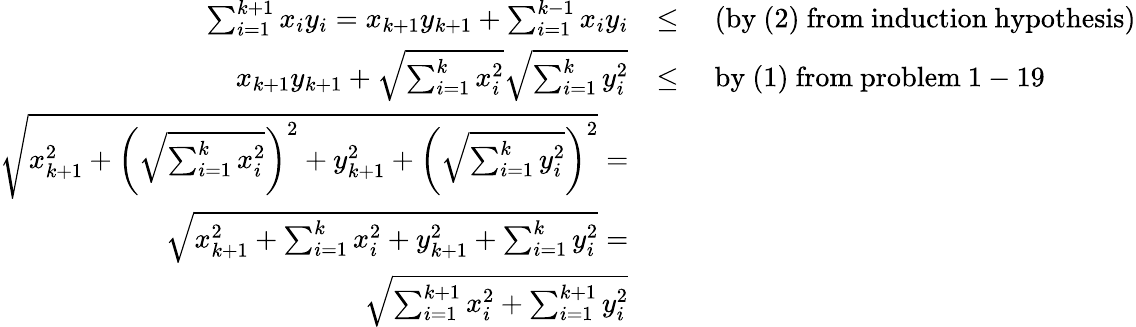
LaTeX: \begin{array}{rl}{\sum_{i=1}^{k+1}{x_{i}y_{i}}=x_{k+1}y_{k+1}+\sum_{i=1}^{k-1}{x_{i}y_{i}}}&{\le\quad\mathrm{(by~(2)~from~induction~hypothesis)}}\\ {x_{k+1}y_{k+1}+\sqrt{\sum_{i=1}^{k}{x_{i}^{2}}}\sqrt{\sum_{i=1}^{k}{y_{i}^{2}}}}&{\le\quad\mathrm{by~(1)~from~problem~1-19}}\\ {\sqrt{x_{k+1}^{2}+\left(\sqrt{\sum_{i=1}^{k}{x_{i}^{2}}}\right)^{2}+y_{k+1}^{2}+\left(\sqrt{\sum_{i=1}^{k}{y_{i}^{2}}}\right)^{2}}=}\\ {\sqrt{x_{k+1}^{2}+\sum_{i=1}^{k}{x_{i}^{2}}+y_{k+1}^{2}+\sum_{i=1}^{k}{y_{i}^{2}}}=}\\ {\sqrt{\sum_{i=1}^{k+1}{x_{i}^{2}}+\sum_{i=1}^{k+1}{y_{i}^{2}}}}\end{array}